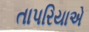
તાપરિયાએ